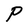
Character: P